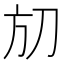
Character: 𣃗